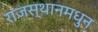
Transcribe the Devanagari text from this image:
राजस्थानमधुन